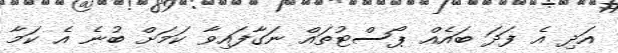
އަދި އެ ފަދަ ބައެއް ޕޯސްޓުތައް ނަގާފައިވާ ކަމަށް ބުނެ އެ ކަމާ